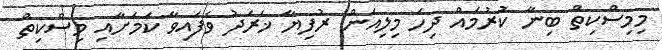
މިމިސްކިތް ބިނާ ކުރުމައް ދިހަ މިލިއަން ރުފިޔާ ޚަރަދު ވެފައިވާ ކަމަށާއި މިސްކިތް